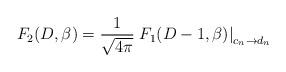
LaTeX: \begin{align*}F_2(D,\beta)={1 \over \sqrt{4\pi}} \left. F_1(D-1,\beta)\right|_{c_n\rightarrow d_n}~~\end{align*}